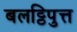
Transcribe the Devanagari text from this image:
बलट्ठिपुत्त